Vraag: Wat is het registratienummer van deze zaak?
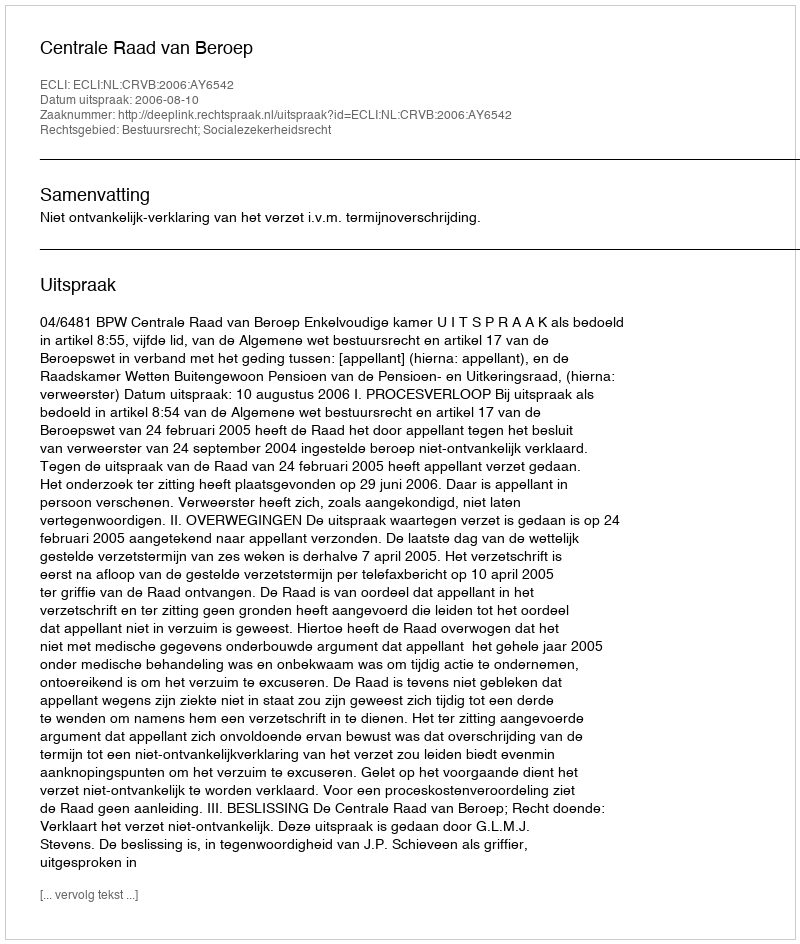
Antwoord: http://deeplink.rechtspraak.nl/uitspraak?id=ECLI:NL:CRVB:2006:AY6542